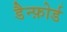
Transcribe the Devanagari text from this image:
डैन्फ़ोर्ड